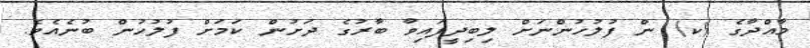
މާއްދާގެ (ކ) ން ފުލުހުންނަށް ލިބިދީފައިވާ ބާރުގެ ދަށުން ކަމަށް ފުލުހުން ބުނެއެވެ.